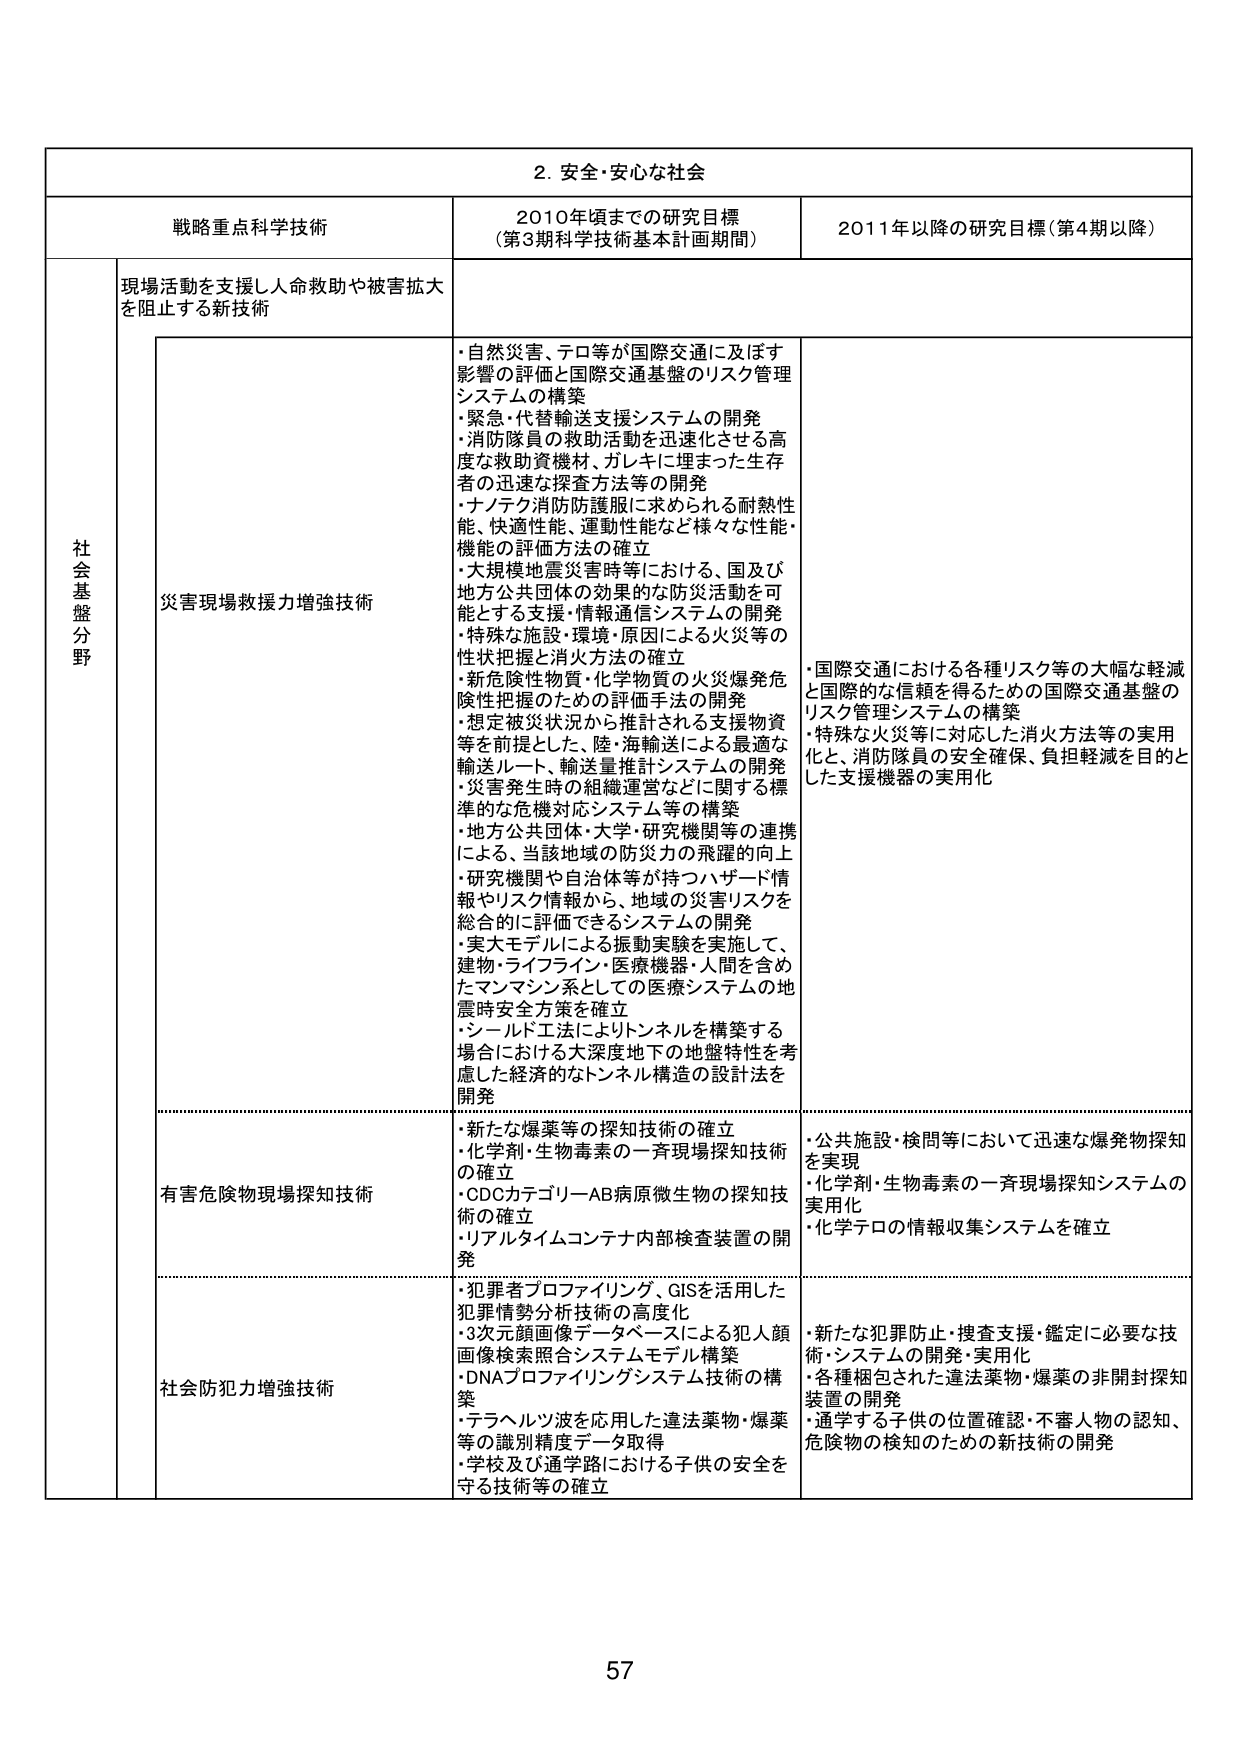
2. 安全・安心な社会

戦略重点科学技術 2010年頃までの研究目標 （第3期科学技術基本計画期間） 2011年以降の研究目標（第4期以降）

社会基盤分野 現場活動を支援し人命救助や被害拡大を阻止する新技術

災害現場救援力増強技術
・自然災害、テロ等が国際交通に及ぼす影響の評価と国際交通基盤のリスク管理システムの構築
・緊急・代替輸送支援システムの開発
・消防隊員の救助活動を迅速化させる高度な救助資機材、ガレキに埋まった生存者の迅速な探査方法等の開発
・ナノテク消防防護服に求められる耐熱性能、快適性能、運動性能など様々な性能・機能の評価方法の確立
・大規模地震災害時等における、国及び地方公共団体の効果的な防災活動を可能とする支援・情報通信システムの開発
・特殊な施設・環境・原因による火災等の性状把握と消火方法の確立
・新危険性物質・化学物質の火災爆発危険性把握のための評価手法の開発
・想定被災状況から推計される支援物資等を前提とした、陸・海輸送による最適な輸送ルート、輸送量推計システム等の開発
・災害発生時の組織運営などに関する標準的な危機対応システム等の構築
・地方公共団体・大学・研究機関等の連携による、当該地域の防災力の飛躍的向上
・研究機関や自治体等が持つハザード情報やリスク情報から、地域の災害リスクを総合的に評価できるシステムの開発
・実大モデルによる振動実験を実施して、建物・ライフライン・医療機器・人間を含めたマン・マシン系としての医療システムの地震時安全方策を確立
・シールド工法によりトンネルを構築する場合における大深度地下の地盤特性を考慮した経済的なトンネル構造の設計法を開発

・国際交通における各種リスク等の大幅な軽減と国際的な信頼を得るための国際交通基盤のリスク管理システムの構築
・特殊な火災等に対応した消火方法等の実用化と、消防隊員の安全確保、負担軽減を目的とした支援機器の実用化

有害危険物現場探知技術
・新たな爆薬等の探知技術の確立
・化学剤・生物毒素の一斉現場探知技術の確立
・CDCカテゴリーAB病原微生物の探知技術の確立
・リアルタイムコンテナ内部検査装置の開発

・公共施設・検問等において迅速な爆発物探知を実現
・化学剤・生物毒素の一斉現場探知システムの実用化
・化学テロの情報収集システムを確立

社会防犯力増強技術
・犯罪者プロファイリング、GISを活用した犯罪情勢分析技術の高度化
・3次元顔画像データベースによる犯人顔画像検索照合システムモデル構築
・DNAプロファイリングシステム技術の構築
・テラヘルツ波を応用した違法薬物・爆薬等の識別精度データ取得
・学校及び通学路における子供の安全を守る技術等の確立

・新たな犯罪防止・捜査支援・鑑定に必要な技術・システムの開発・実用化
・各種梱包された違法薬物・爆薬の非開封探知装置の開発
・通学する子供の位置確認・不審人物の認知、危険物の検知のための新技術の開発

57